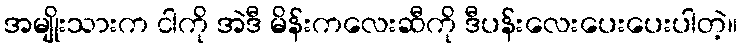
အမျိုးသားက ငါကို အဲဒီ မိန်းကလေးဆီကို ဒီပန်းလေးပေးပေးပါတဲ့။